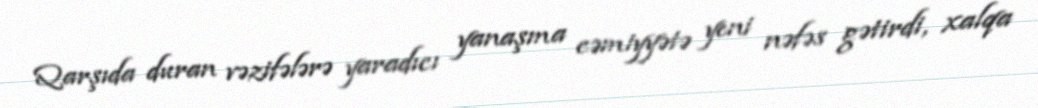
Qarşıda duran vəzifələrə yaradıcı yanaşma cəmiyyətə yeni nəfəs gətirdi, xalqa